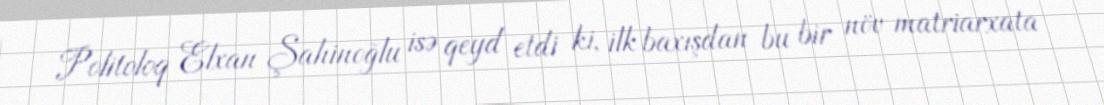
Politoloq Elxan Şahinoğlu isə qeyd etdi ki, ilk baxışdan bu bir növ matriarxata